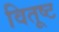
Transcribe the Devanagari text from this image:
वितूष्ट